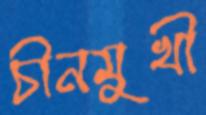
চীনমুখী